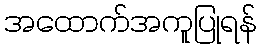
အထောက်အကူပြုရန်